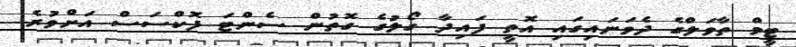
ޓީމް ތާވަލްގެ ދެވަނައިގައި އޮތީ ފައިދާ ގޯލުގެ ގޮތުން ސެންޓަ ފޮކްސަސް އަށްވުރެ